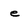
Character: e